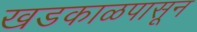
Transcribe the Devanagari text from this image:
खडकाळपासून